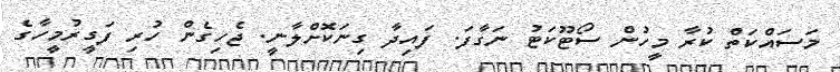
މަސައްކަތް ކުރާ މީހުން ސޯޓޫކަޓު ނަގާފަ. ފައިދާ ގިނަކޮށްލާނީ. ޖެހިގެން ހުރި ފަގީރުމީހާގެ